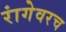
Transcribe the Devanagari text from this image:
रांगेवरच